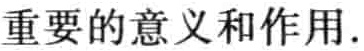
重要的意义和作用.